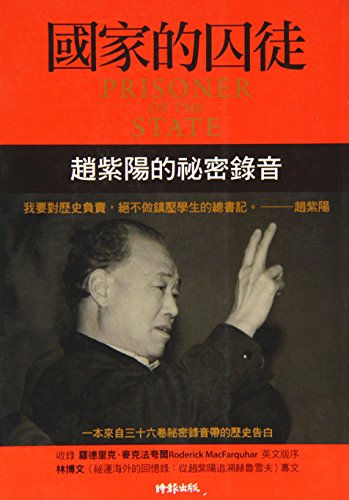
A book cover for Prisoner Of The State: The Secret Journal Of Premier Zhao Ziyang (Chinese Edition); Zhao Ziyang; Biographies & Memoirs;